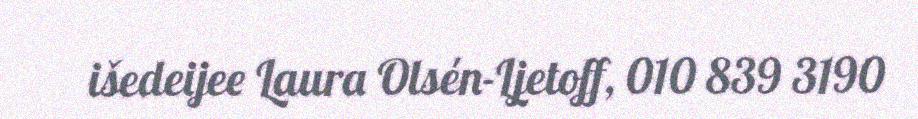
išedeijee Laura Olsén-Ljetoff, 010 839 3190